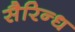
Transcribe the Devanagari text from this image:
सैरिन्ध